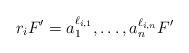
LaTeX: \begin{align*}r_i F' = a_1^{\ell_{i,1}}, \dots, a_n^{\ell_{i,n}} F'\end{align*}